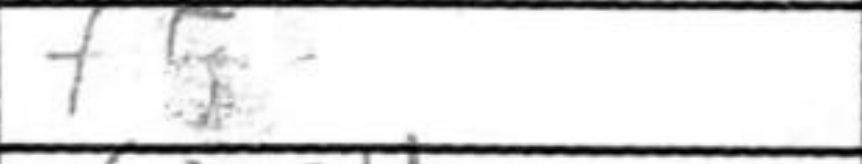
Transcription: f5